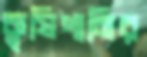
কৃষিপানির